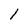
Character: l